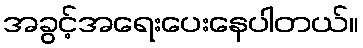
အခွင့်အရေးပေးနေပါတယ်။